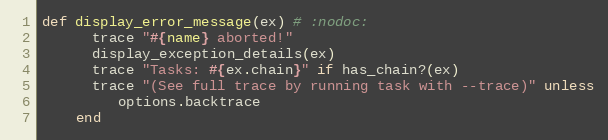
Language: Ruby
def display_error_message(ex) # :nodoc:
      trace "#{name} aborted!"
      display_exception_details(ex)
      trace "Tasks: #{ex.chain}" if has_chain?(ex)
      trace "(See full trace by running task with --trace)" unless
         options.backtrace
    end